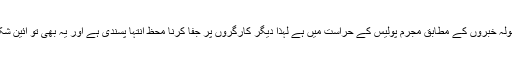
ظلم ایک فرد نے انجام دیا لہذا اس کی سزا صرف اسے ہی ملنی چاہئے نہ کہ سب کو اور موصولہ خبروں کے مطابق مجرم پولیس کے حراست میں ہے لہذا دیگر کارگروں پر جفا کرنا محظ انتہا پسندی ہے اور یہ بھی تو آئین شکنی ہے کہ ہندی بولنے والوں پر ستم کیا جا رہا ہے درآنحالیکہ ہماری راشتڑیہ بھاشا ہندی ہے۔